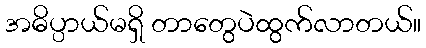
အဓိပ္ပာယ်မရှိ တာတွေပဲထွက်လာတယ်။